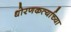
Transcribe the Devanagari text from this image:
धोरणकर्त्याच्या